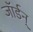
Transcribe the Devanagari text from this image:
जॉर्डन्